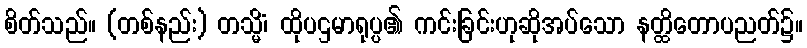
စိတ်သည်။ (တစ်နည်း) တသ္မိံ၊ ထိုပဌမာရုပ္ပ၏ ကင်းခြင်းဟုဆိုအပ်သော နတ္ထိတောပညတ်၌။